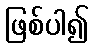
ဖြစ်ပါ၍